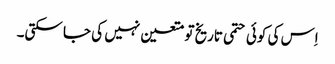
اِس کی کوئی حتمی تاریخ تو متعین نہیں کی جا سکتی۔